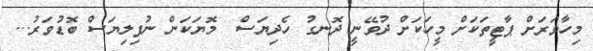
މިހާވަރަށް ޕާޓީތަކަށް މީހަކަށް ދުވޭނީ ދޮނގު ހެދިޔަސް  މޮޔަކަން ނުފިލިޔަސް ބޮޑުވަރު...